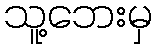
သူ့ဘေးမှ